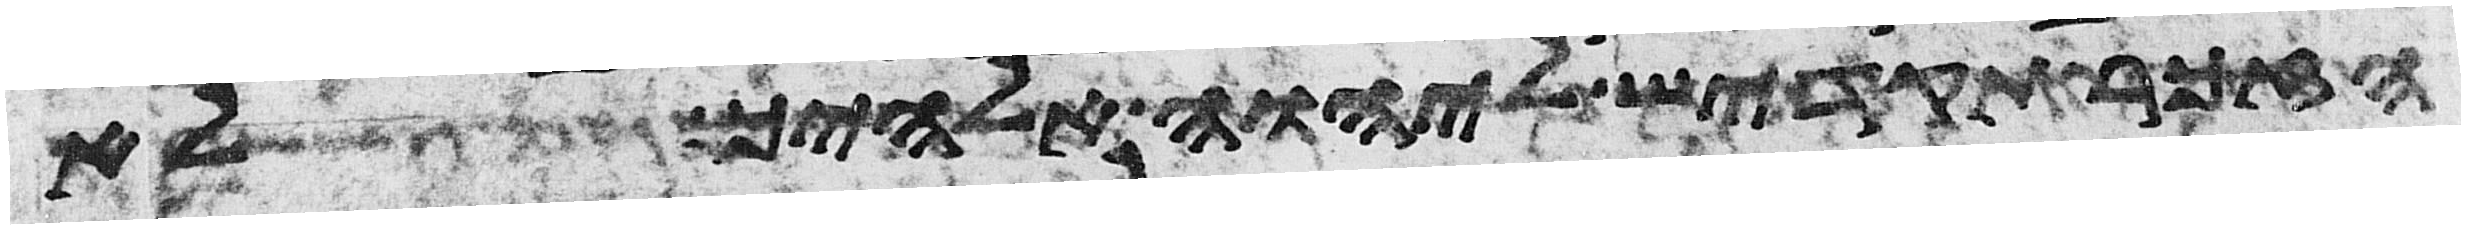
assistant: הזכר תקדיש ליהוה אלהיך לא